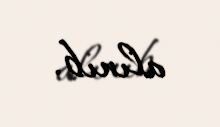
alınıb.